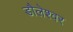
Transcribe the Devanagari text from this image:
डौलेश्वर